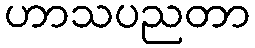
ဟာသပညတာ